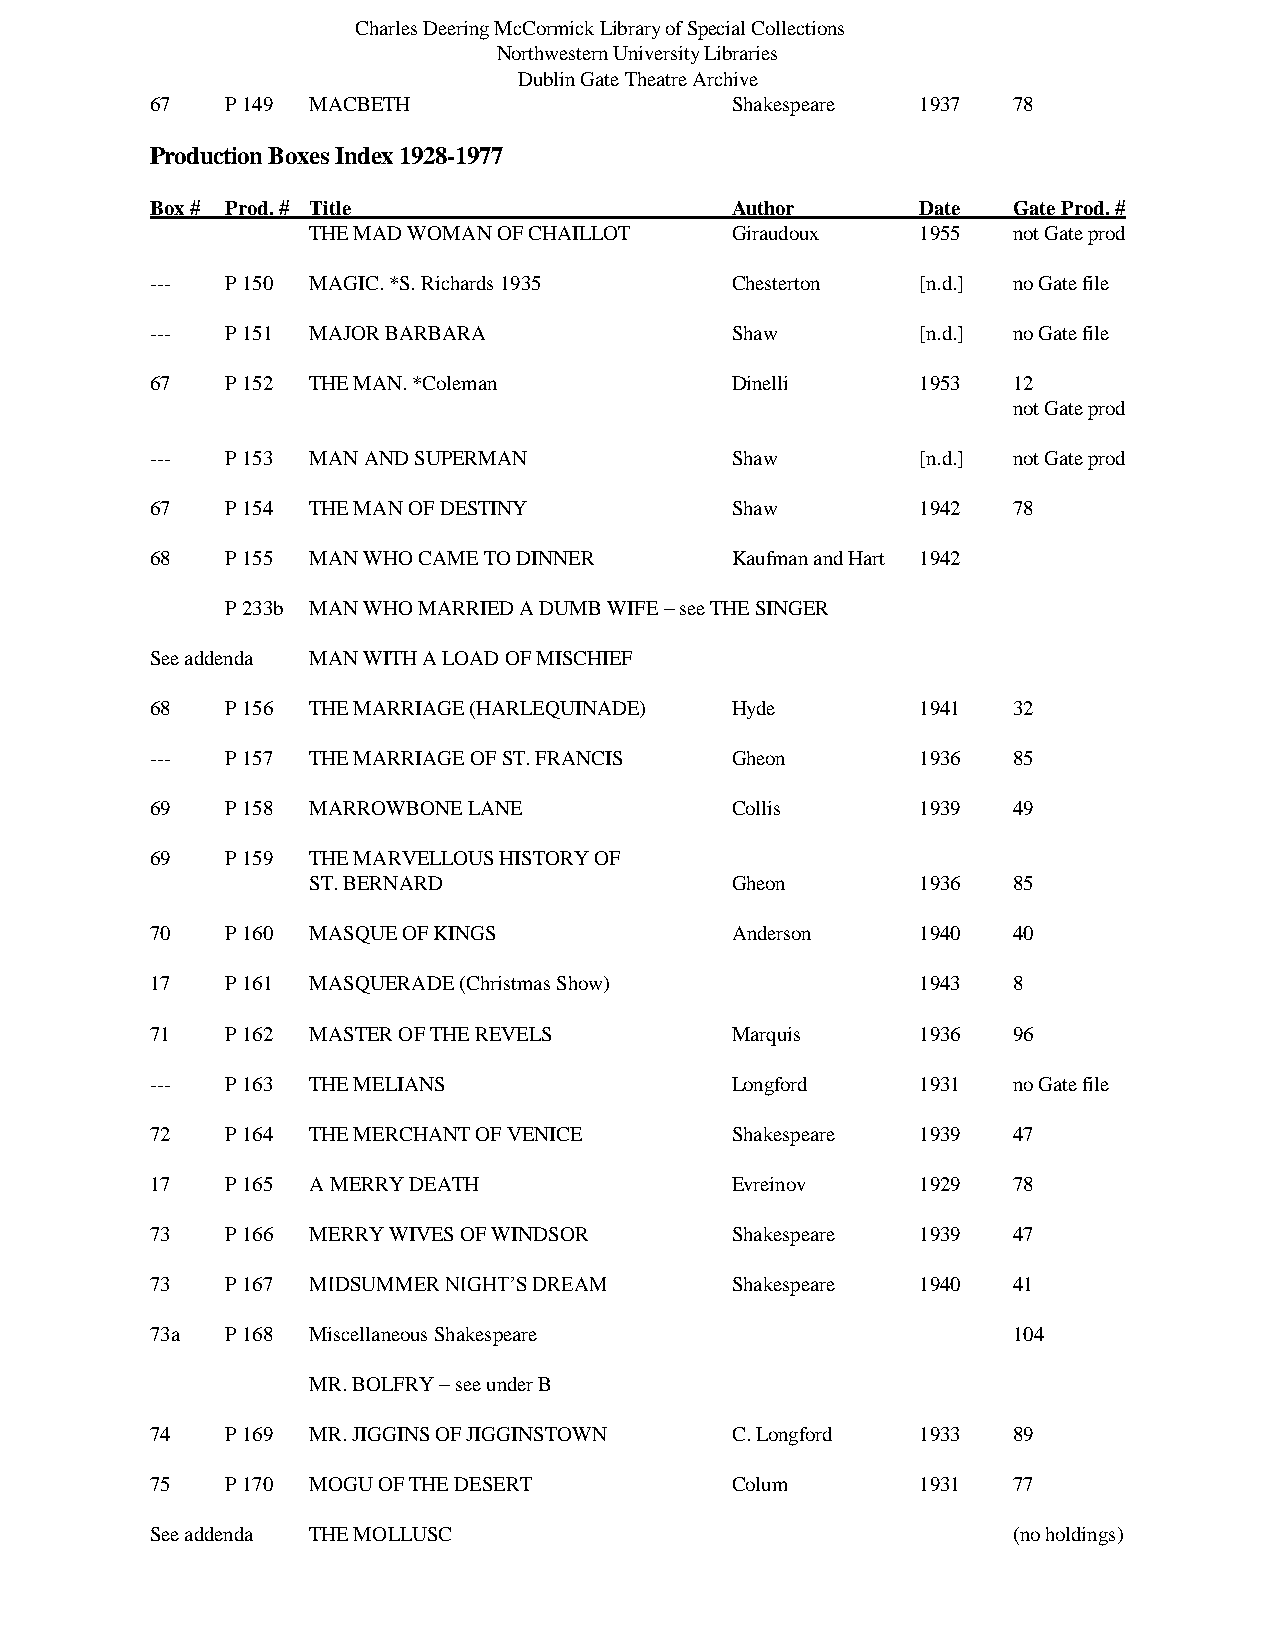
Charles Deering McCormick Library of Special Collections
 Northwestern University Libraries
 Dublin Gate Theatre Archive
 67   P 149 MACBETH                    Shakespeare  1937  78
 Production Boxes Index 1928-1977
 Box # Prod. # Title                   Author       Date  Gate Prod. #
 THE MAD WOMAN OF CHAILLOT   Giraudoux    1955  not Gate prod
 ---  P 150 MAGIC. *S. Richards 1935   Chesterton   [n.d.] no Gate file
 ---  P 151 MAJOR BARBARA              Shaw         [n.d.] no Gate file
 67   P 152 THE MAN. *Coleman          Dinelli      1953  12
 not Gate prod
 ---  P 153 MAN AND SUPERMAN           Shaw         [n.d.] not Gate prod
 67   P 154 THE MAN OF DESTINY         Shaw         1942  78
 68   P 155 MAN WHO CAME TO DINNER     Kaufman and Hart 1942
 P 233b MAN WHO MARRIED A DUMB WIFE – see THE SINGER
 See addenda MAN WITH A LOAD OF MISCHIEF
 68   P 156 THE MARRIAGE (HARLEQUINADE) Hyde        1941  32
 ---  P 157 THE MARRIAGE OF ST. FRANCIS Gheon       1936  85
 69   P 158 MARROWBONE LANE            Collis       1939  49
 69   P 159 THE MARVELLOUS HISTORY OF
 ST. BERNARD                 Gheon        1936  85
 70   P 160 MASQUE OF KINGS            Anderson     1940  40
 17   P 161 MASQUERADE (Christmas Show)             1943  8
 71   P 162 MASTER OF THE REVELS       Marquis      1936  96
 ---  P 163 THE MELIANS                Longford     1931  no Gate file
 72   P 164 THE MERCHANT OF VENICE     Shakespeare  1939  47
 17   P 165 A MERRY DEATH              Evreinov     1929  78
 73   P 166 MERRY WIVES OF WINDSOR     Shakespeare  1939  47
 73   P 167 MIDSUMMER NIGHT’S DREAM    Shakespeare  1940  41
 73a  P 168 Miscellaneous Shakespeare                     104
 MR. BOLFRY – see under B
 74   P 169 MR. JIGGINS OF JIGGINSTOWN C. Longford  1933  89
 75   P 170 MOGU OF THE DESERT         Colum        1931  77
 See addenda THE MOLLUSC                                  (no holdings)